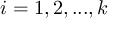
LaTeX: i = 1 , 2 , . . . , k